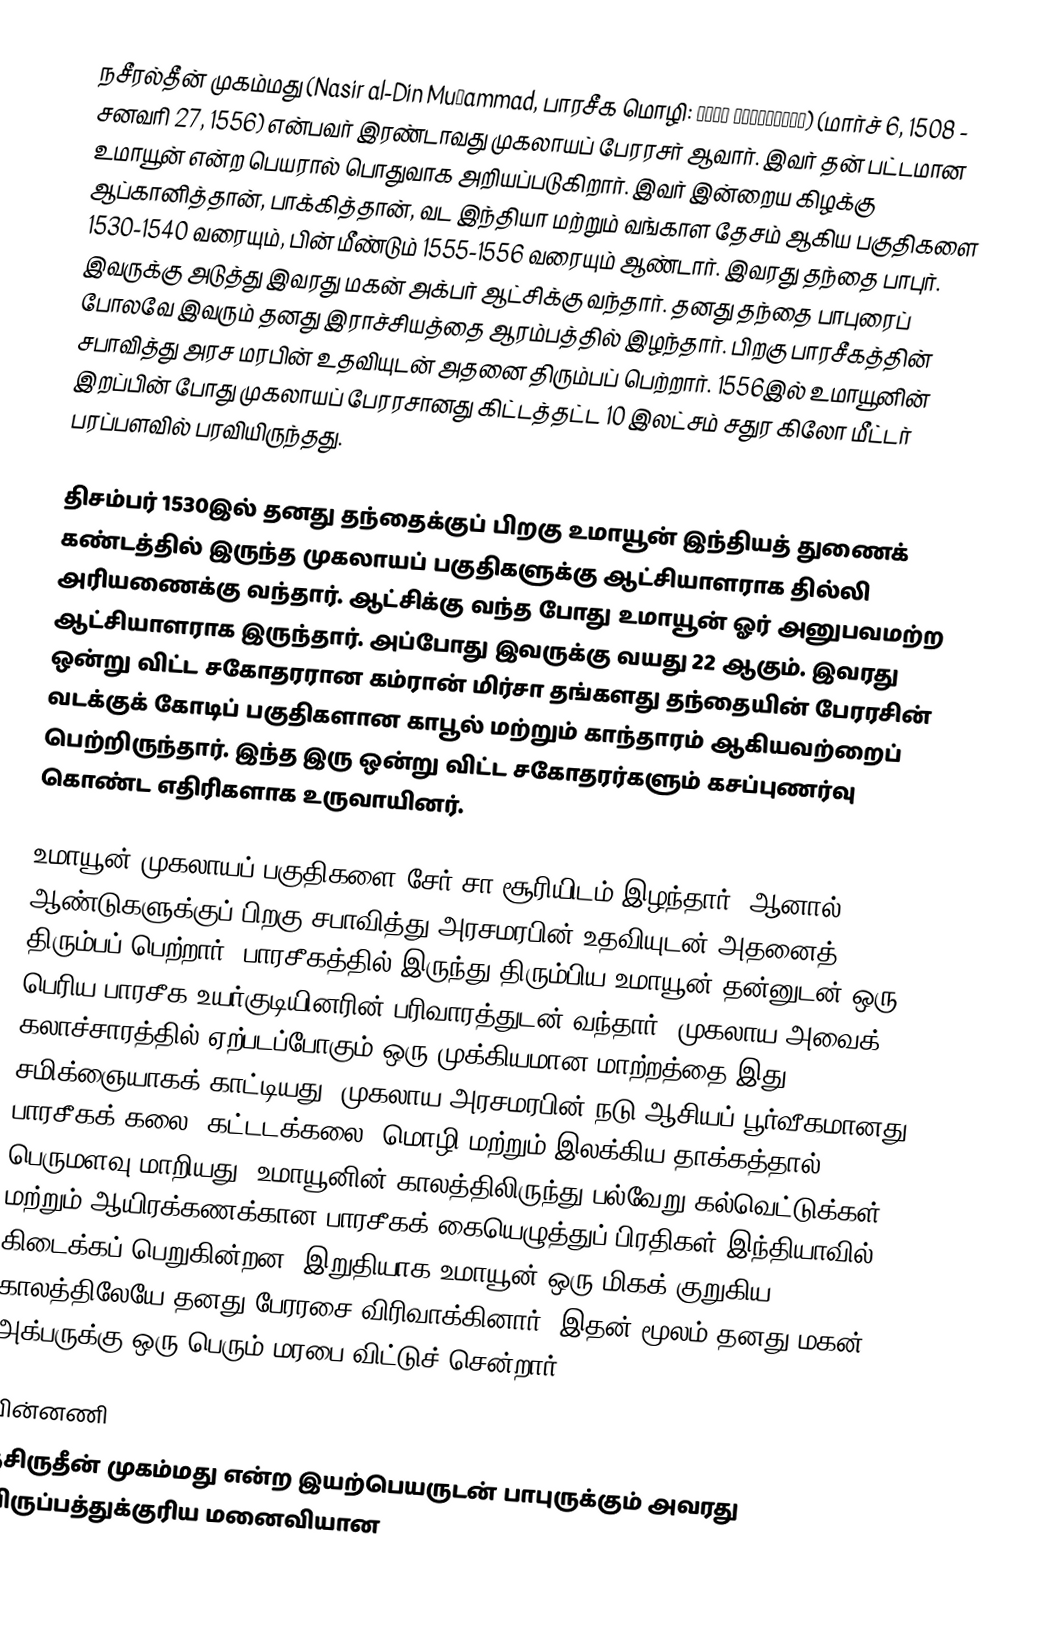
நசீரல்தீன் முகம்மது (Nasir al-Din Muḥammad, பாரசீக மொழி: ناصرالدین محمد) (மார்ச் 6, 1508 - சனவரி 27, 1556) என்பவர் இரண்டாவது முகலாயப் பேரரசர் ஆவார். இவர் தன் பட்டமான உமாயூன் என்ற பெயரால் பொதுவாக அறியப்படுகிறார். இவர் இன்றைய கிழக்கு ஆப்கானித்தான், பாக்கித்தான், வட இந்தியா மற்றும் வங்காள தேசம் ஆகிய பகுதிகளை 1530-1540 வரையும், பின் மீண்டும் 1555-1556 வரையும் ஆண்டார். இவரது தந்தை பாபுர். இவருக்கு அடுத்து இவரது மகன் அக்பர் ஆட்சிக்கு வந்தார். தனது தந்தை பாபுரைப் போலவே இவரும் தனது இராச்சியத்தை ஆரம்பத்தில் இழந்தார். பிறகு பாரசீகத்தின் சபாவித்து அரச மரபின் உதவியுடன் அதனை திரும்பப் பெற்றார். 1556இல் உமாயூனின் இறப்பின் போது முகலாயப் பேரரசானது கிட்டத்தட்ட 10 இலட்சம் சதுர கிலோ மீட்டர் பரப்பளவில் பரவியிருந்தது.

திசம்பர் 1530இல் தனது தந்தைக்குப் பிறகு உமாயூன் இந்தியத் துணைக் கண்டத்தில் இருந்த முகலாயப் பகுதிகளுக்கு ஆட்சியாளராக தில்லி அரியணைக்கு வந்தார். ஆட்சிக்கு வந்த போது உமாயூன் ஓர் அனுபவமற்ற ஆட்சியாளராக இருந்தார். அப்போது இவருக்கு வயது 22 ஆகும். இவரது ஒன்று விட்ட சகோதரரான கம்ரான் மிர்சா தங்களது தந்தையின் பேரரசின் வடக்குக் கோடிப் பகுதிகளான காபூல் மற்றும் காந்தாரம் ஆகியவற்றைப் பெற்றிருந்தார். இந்த இரு ஒன்று விட்ட சகோதரர்களும் கசப்புணர்வு கொண்ட எதிரிகளாக உருவாயினர்.

உமாயூன் முகலாயப் பகுதிகளை சேர் சா சூரியிடம் இழந்தார். ஆனால் 15 ஆண்டுகளுக்குப் பிறகு சபாவித்து அரசமரபின் உதவியுடன் அதனைத் திரும்பப் பெற்றார். பாரசீகத்தில் இருந்து திரும்பிய உமாயூன் தன்னுடன் ஒரு பெரிய பாரசீக உயர்குடியினரின் பரிவாரத்துடன் வந்தார். முகலாய அவைக் கலாச்சாரத்தில் ஏற்படப்போகும் ஒரு முக்கியமான மாற்றத்தை இது சமிக்ஞையாகக் காட்டியது. முகலாய அரசமரபின் நடு ஆசியப் பூர்வீகமானது பாரசீகக் கலை, கட்டடக்கலை, மொழி மற்றும் இலக்கிய தாக்கத்தால் பெருமளவு மாறியது. உமாயூனின் காலத்திலிருந்து பல்வேறு கல்வெட்டுக்கள் மற்றும் ஆயிரக்கணக்கான பாரசீகக் கையெழுத்துப் பிரதிகள் இந்தியாவில் கிடைக்கப் பெறுகின்றன. இறுதியாக உமாயூன் ஒரு மிகக் குறுகிய காலத்திலேயே தனது பேரரசை விரிவாக்கினார். இதன் மூலம் தனது மகன் அக்பருக்கு ஒரு பெரும் மரபை விட்டுச் சென்றார்.

பின்னணி
நசிருதீன் முகம்மது என்ற இயற்பெயருடன் பாபுருக்கும் அவரது விருப்பத்துக்குரிய மனைவியான